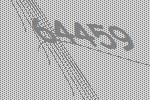
64459